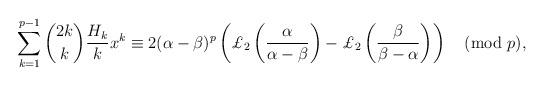
LaTeX: \begin{align*}\sum_{k=1}^{p-1}\binom{2k}{k}\frac{H_k}{k}x^k\equiv2(\alpha-\beta)^{p}\left(\pounds_2\left(\frac{\alpha}{\alpha-\beta}\right)-\pounds_2\left(\frac{\beta}{\beta-\alpha}\right)\right)\pmod{p},\end{align*}